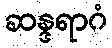
ဆန္ဒရာဂံ